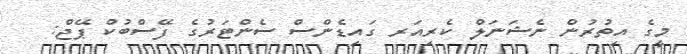
މީގެ އިތުރުން ނެޝަނަލް ކެރިއަރ ގައިޑެންސް ސެންޓަރުގެ ފޭސްބުކް ޕޭޖް: